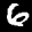
Label: 6